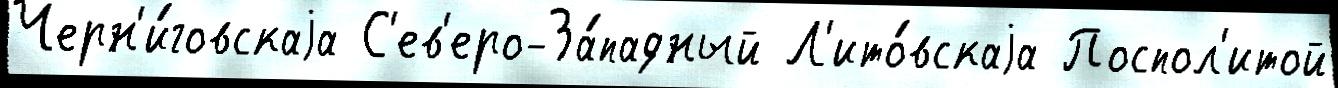
Черн'и́говскаjа С'ев'еро-За́падный Л'ито́вскаjа Поспол'итой